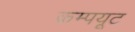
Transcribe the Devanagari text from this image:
कम्पयूट